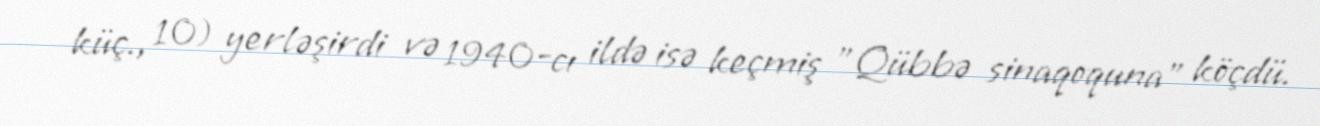
küç., 10) yerləşirdi və 1940-cı ildə isə keçmiş "Qübbə sinaqoquna" köçdü.